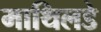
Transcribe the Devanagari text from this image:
माथिलडे